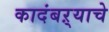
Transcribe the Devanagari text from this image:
कादंबऱ्याचे